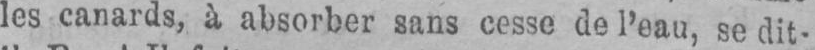
les canards, k absorber sans cesse de l’eau, se dit-